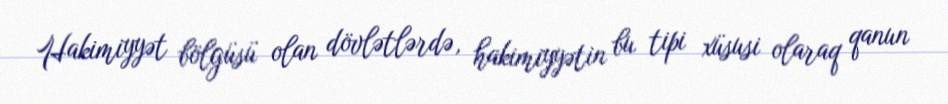
Hakimiyyət bölgüsü olan dövlətlərdə, hakimiyyətin bu tipi xüsusi olaraq qanun